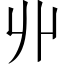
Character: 丱